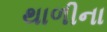
થાળીના